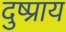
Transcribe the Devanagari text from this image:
दुष्प्राय